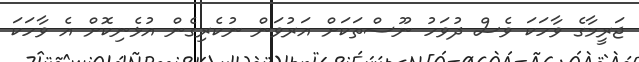
ޖަރީމާގެ ވާހަކަ ވެސް ދުވަހު ނޫސްތަކަށް އަރުވަން ނުކެރިގެން އުޅެނިކޮށް އެ ވާހަކަ